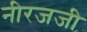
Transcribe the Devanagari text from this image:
नीरजजी